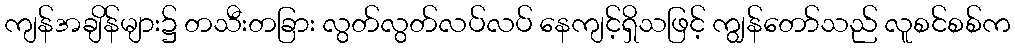
ကျန်အချိန်များ၌ တသီးတခြား လွတ်လွတ်လပ်လပ် နေကျင့်ရှိသဖြင့် ကျွန်တော်သည် လူစင်စစ်က